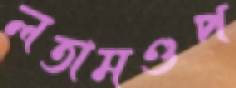
লতামণ্ডপ